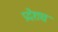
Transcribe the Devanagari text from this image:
प्रदेशच